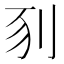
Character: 𠛖